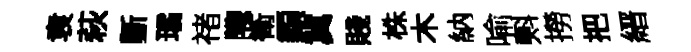
袁萩斵璚禇隴衛纇冀賤株木納喻㪺撈把縉